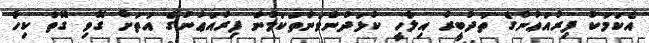
އެކަމަކު ފިރުއަޢުނުގެ ތަދުބީރު އިލާހީ ކުޅަދުންވަންތަކަމުން ފިރުއަޢުނުގެ އަތަށް ގޮވި ގޮތް ކިހާ